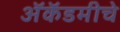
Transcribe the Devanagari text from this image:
अॅकॅडमीचे